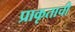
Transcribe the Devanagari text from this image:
प्राकृताची